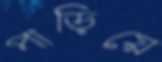
পাড়িয়ে